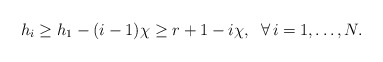
\begin{align*} h_i \geq h_1-(i-1)\chi \geq r+1-i\chi, \; \; \forall\, i=1,\ldots, N.\end{align*}